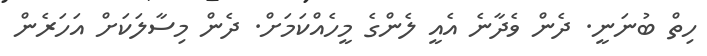
ހިތް ބުނަނީ. ދެން ވެދާނެ އެއީ ލެންގެ މީހެއްކަމަށް. ދެން މިސާލަކަށް އަހަރެން